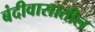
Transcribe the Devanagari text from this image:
बंदीवासातील